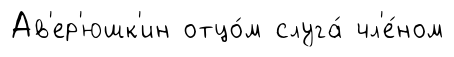
Ав'ер'юшк'ин отцо́м слуга́ чл'е́ном